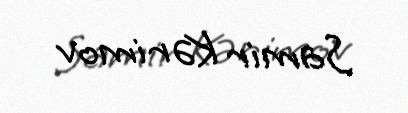
Samir Kərimov